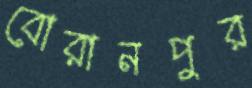
বোরানপুর